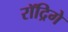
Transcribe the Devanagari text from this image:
रॉद्रिगे